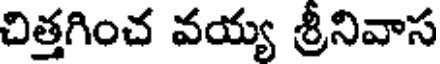
చిత్తగించ వయ్య శ్రీనివాస